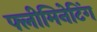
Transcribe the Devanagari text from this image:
फ्लीमिनेटिंग